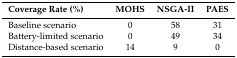
<table><thead><tr><td><b>Coverage Rate (%)</b></td><td><b>MOHS</b></td><td><b>NSGA-II</b></td><td><b>PAES</b></td></tr></thead><tbody><tr><td>Baseline scenario</td><td>0</td><td>58</td><td>31</td></tr><tr><td>Battery-limited scenario</td><td>0</td><td>49</td><td>34</td></tr><tr><td>Distance-based scenario</td><td>14</td><td>9</td><td>0</td></tr></tbody></table>